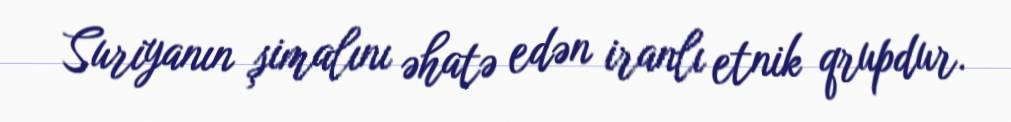
Suriyanın şimalını əhatə edən iranlı etnik qrupdur.